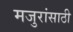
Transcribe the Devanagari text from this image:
मजुरांसाठी